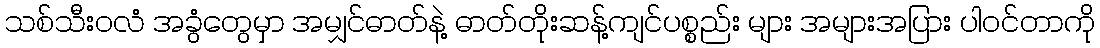
သစ်သီးဝလံ အခွံတွေမှာ အမျှင်ဓာတ်နဲ့ ဓာတ်တိုးဆန့်ကျင်ပစ္စည်း များ အများအပြား ပါဝင်တာကို